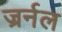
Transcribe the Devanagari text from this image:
ज्रर्नल